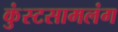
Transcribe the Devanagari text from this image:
कुंस्टसामलंग